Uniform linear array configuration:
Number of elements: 8
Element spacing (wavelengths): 0.75
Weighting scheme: uniform
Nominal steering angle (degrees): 15
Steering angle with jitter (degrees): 16.495
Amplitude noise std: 0.05
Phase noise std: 0.05

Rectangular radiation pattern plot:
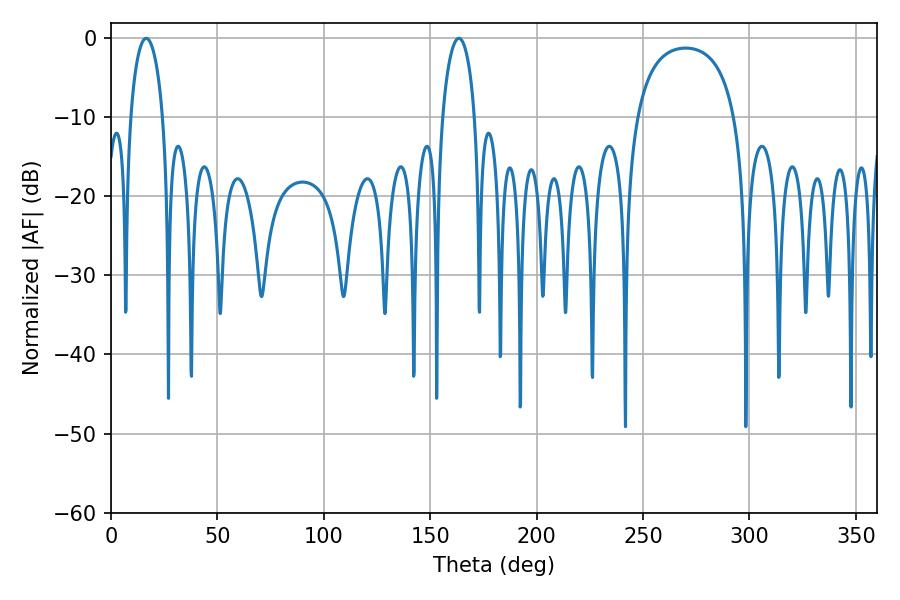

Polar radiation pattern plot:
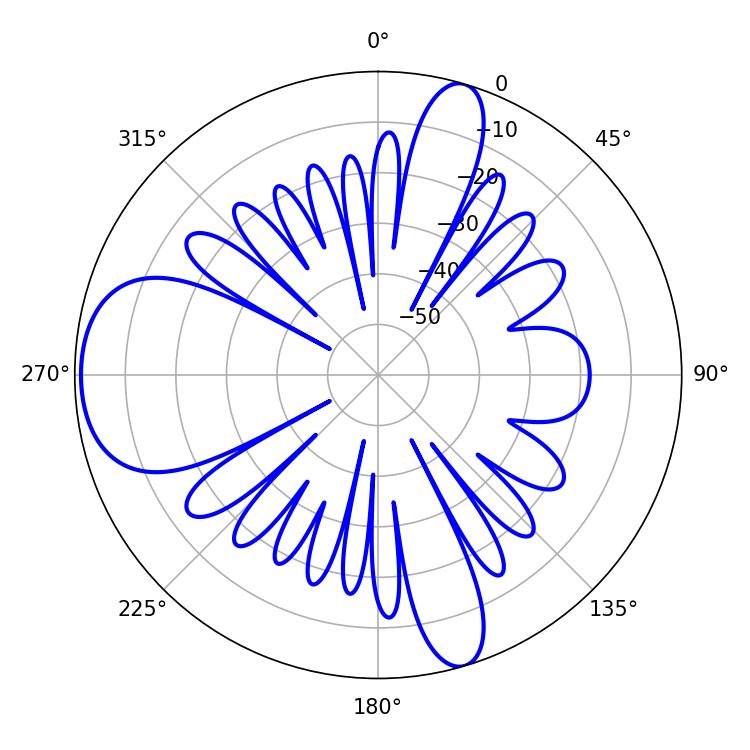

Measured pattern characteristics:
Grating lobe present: TRUE
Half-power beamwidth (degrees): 8.64
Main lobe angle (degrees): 16.56